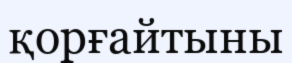
қорғайтыны